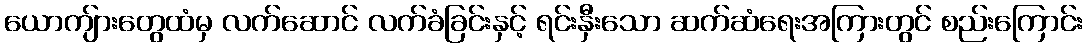
ယောကျ်ားတွေထံမှ လက်ဆောင် လက်ခံခြင်းနှင့် ရင်းနှီးသော ဆက်ဆံရေးအကြားတွင် စည်းကြောင်း